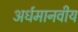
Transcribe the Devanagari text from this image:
अर्धमानवीय